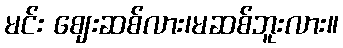
မင်း ဈေးဆစ်လား၊မဆစ်ဘူးလား။